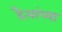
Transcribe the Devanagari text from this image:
दैत्यांच्या